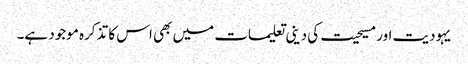
یہودیت اور مسیحیت کی دینی تعلیمات میں بھی اس کا تذکرہ موجود ہے۔